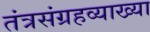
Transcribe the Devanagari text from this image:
तंत्रसंग्रहव्याख्या